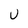
Character: U